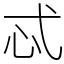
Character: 忒